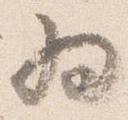
為